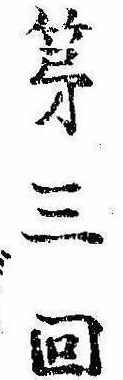
第三回